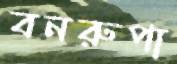
বনরুপা